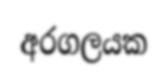
අරගලයක